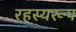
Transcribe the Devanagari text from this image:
रहस्यरूप